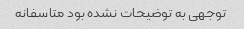
توجهی به توضیحات نشده بود متاسفانه